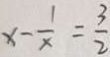
x - \frac { 1 } { x } = \frac { 3 } { 2 }